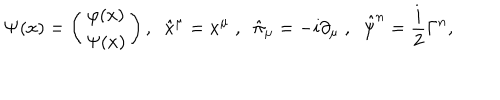
{ \bf \Psi } ( x ) = \left( \begin{array} { c } { { \varphi ( x ) } } \\ { { \Psi ( x ) } } \\ \end{array} \right) , \; \; \hat { x } ^ { \mu } = x ^ { \mu } \; , \; \; \hat { \pi } _ { \mu } = - i \partial _ { \mu } \; , \; \; \hat { \psi } ^ { n } = \frac { i } { 2 } \Gamma ^ { n } ,